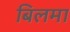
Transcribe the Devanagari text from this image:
बिलमा